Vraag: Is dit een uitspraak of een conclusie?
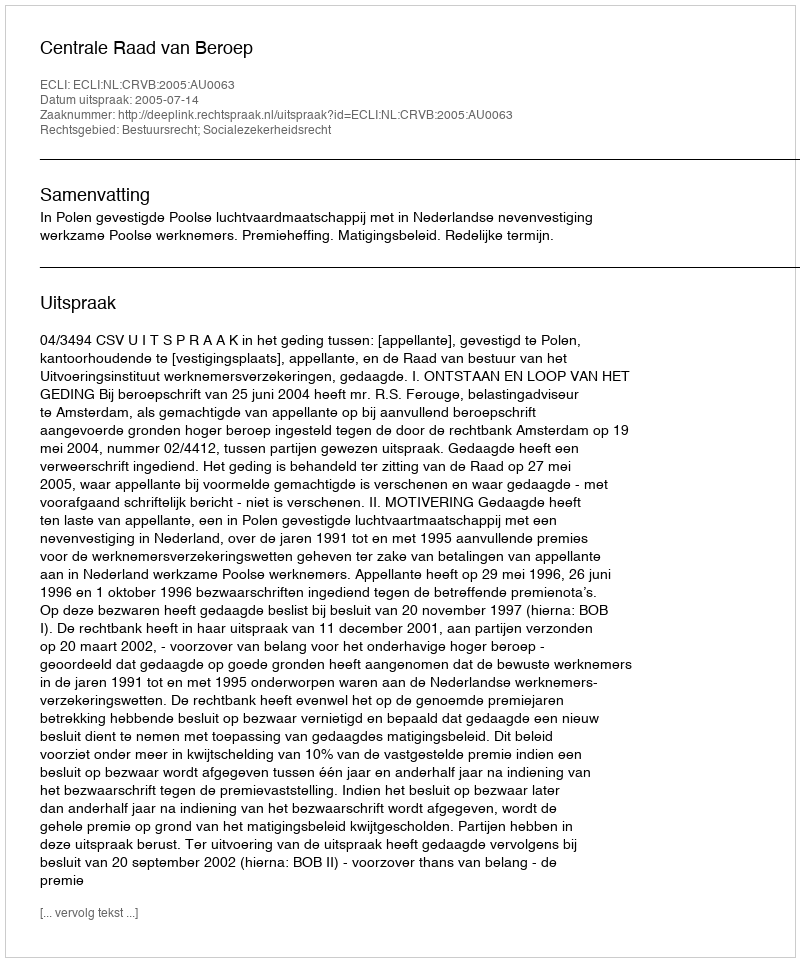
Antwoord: Uitspraak